Protection of India from yellow fever
Disease focus: Fever
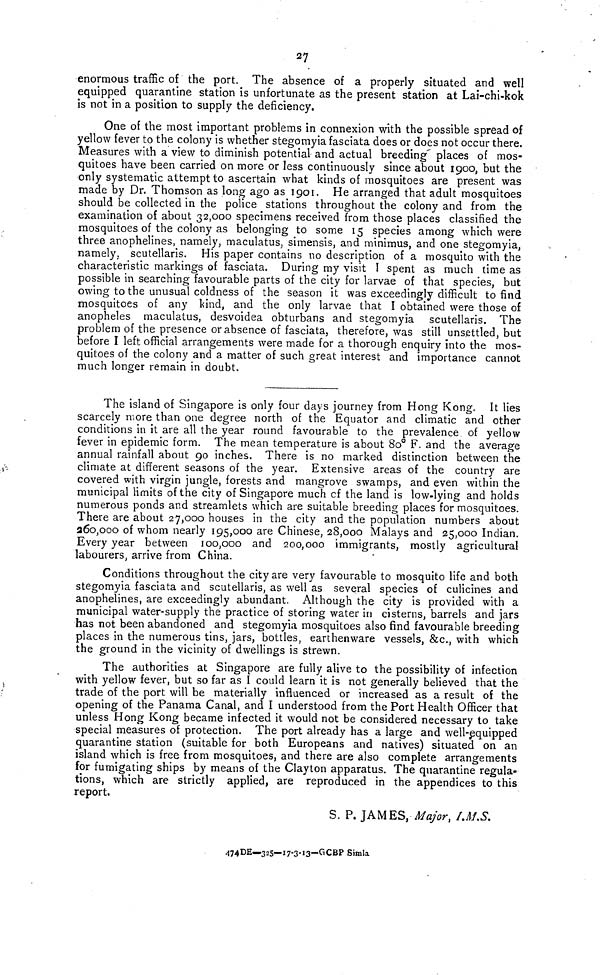
27
enormous traffic of the port. The absence of a properly situated and well
equipped quarantine station is unfortunate as the present station at Lai-chi-kok
is not in a position to supply the deficiency.
One of the most important problems in connexion with the possible spread of
yellow fever to the colony is whether stegomyia fasciata does or does not occur there.
Measures with a view to diminish potential and actual breeding places of mos-
quitoes have been carried on more or less continuously since about 1900, but the
only systematic attempt to ascertain what kinds of mosquitoes are present was
made by Dr. Thomson as long ago as 1901. He arranged that adult mosquitoes
should be collected in the police stations throughout the colony and from the
examination of about 32,000 specimens received from those places classified the
mosquitoes of the colony as belonging to some 15 species among which were
three anophelines, namely, maculatus, simensis, and minimus, and one stegomyia,
namely, scutellaris. His paper contains no description of a mosquito with the
characteristic markings of fasciata. During my visit I spent as much time as
possible in searching favourable parts of the city for larvae of that species, but
owing to the unusual coldness of the season it was exceedingly difficult to find
mosquitoes of any kind, and the only larvae that I obtained were those of
anopheles maculatus, desvoidea obturbans and stegomyia scutellaris. The
problem of the presence or absence of fasciata, therefore, was still unsettled, but
before I left official arrangements were made for a thorough enquiry into the mos-
quitoes of the colony and a matter of such great interest and importance cannot
much longer remain in doubt.
The island of Singapore is only four days journey from Hong Kong. It lies
scarcely more than one degree north of the Equator and climatic and other
conditions in it are all the year round favourable to the prevalence of yellow
fever in epidemic form. The mean temperature is about 80° F. and the average
annual rainfall about 90 inches. There is no marked distinction between the
climate at different seasons of the year. Extensive areas of the country are
covered with virgin jungle, forests and mangrove swamps, and even within the
municipal limits of the city of Singapore much cf the land is low-lying and holds
numerous ponds and streamlets which are suitable breeding places for mosquitoes.
There are about 27,000 houses in the city and the population numbers about
360,000 of whom nearly 195,000 are Chinese, 28,000 Malays and 25,000 Indian.
Every year between 100,000 and 200,000 immigrants, mostly agricultural
labourers, arrive from China.
Conditions throughout the city are very favourable to mosquito life and both
stegomyia fasciata and scutellaris, as well as several species of culicines and
anophelines, are exceedingly abundant. Although the city is provided with a
municipal water-supply the practice of storing water in cisterns, barrels and jars
has not been abandoned and stegomyia mosquitoes also find favourable breeding
places in the numerous tins, jars, bottles, earthenware vessels, &c., with which
the ground in the vicinity of dwellings is strewn.
The authorities at Singapore are fully alive to the possibility of infection
with yellow fever, but so far as I could learn it is not generally believed that the
trade of the port will be materially influenced or increased as a result of the
opening of the Panama Canal, and I understood from the Port Health Officer that
unless Hong Kong became infected it would not be considered necessary to take
special measures of protection. The port already has a large and well-equipped
quarantine station (suitable for both Europeans and natives) situated on an
island which is free from mosquitoes, and there are also complete arrangements
for fumigating ships by means of the Clayton apparatus. The quarantine regula-
tions, which are strictly applied, are reproduced in the appendices to this
report.
S. P. JAMES, Major, I.M.S.
474DE— 325—17-3-13—GCBP Simla